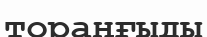
тораңғыды